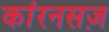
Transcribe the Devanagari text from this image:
कांरनसज़